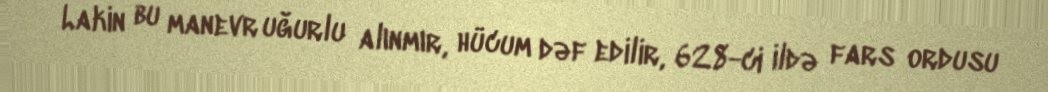
Lakin bu manevr uğurlu alınmır, hücum dəf edilir, 628-ci ildə fars ordusu